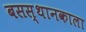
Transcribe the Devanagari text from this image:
बसस्थानकाला